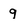
Character: 9